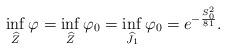
LaTeX: \begin{align*}\inf_{\widehat Z} \varphi = \inf_{\widehat Z} \varphi_{0}= \inf_{\widehat J_{1}} \varphi_{0} = e^{- \frac{S_{0}^{2}}{81}}.\end{align*}